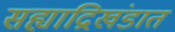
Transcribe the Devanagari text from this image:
सह्याद्रिखंडात